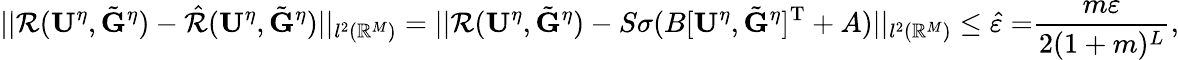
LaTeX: ||\mathcal{R}(\mathbf{U}^{\eta},\tilde{\mathbf{G}}^{\eta})-\hat{\mathcal{R}}(\mathbf{U}^{\eta},\tilde{\mathbf{G}}^{\eta})||_{l^{2}(\mathbb{R}^{M})}=||\mathcal{R}(\mathbf{U}^{\eta},\tilde{\mathbf{G}}^{\eta})-S\sigma(B[\mathbf{U}^{\eta},\tilde{\mathbf{G}}^{\eta}]^{\mathrm{T}}+A)||_{l^{2}(\mathbb{R}^{M})}\leq{\hat{\varepsilon}=}\frac{m\varepsilon}{2(1+m)^{L}},